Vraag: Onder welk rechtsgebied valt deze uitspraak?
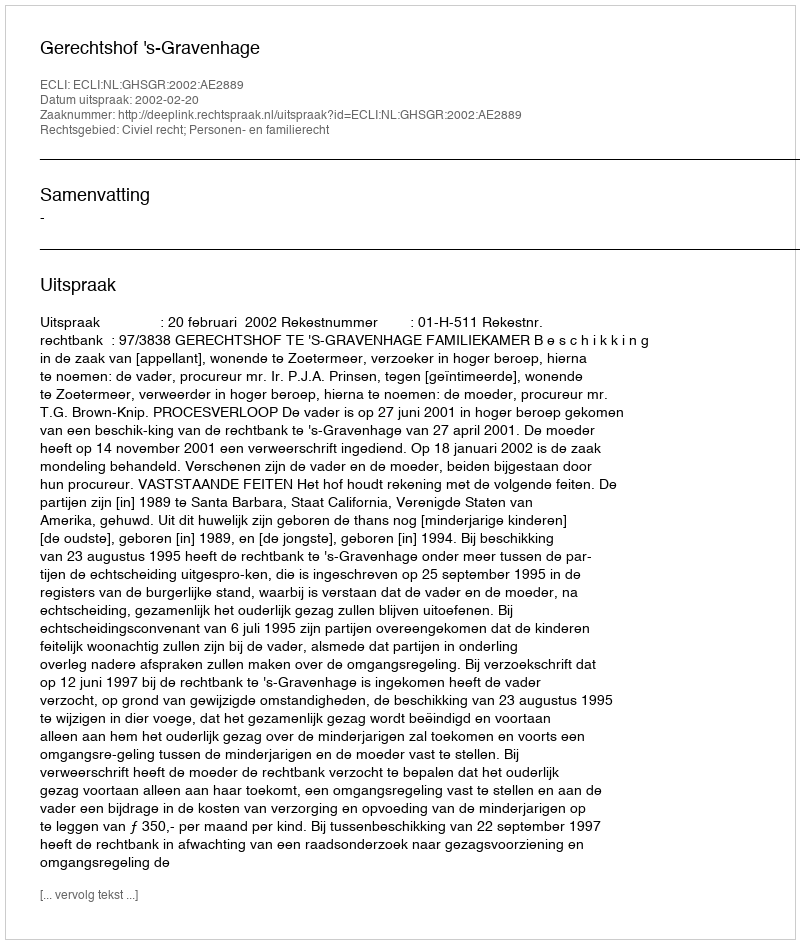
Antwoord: Civiel recht; Personen- en familierecht